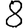
Digit: 8